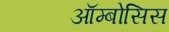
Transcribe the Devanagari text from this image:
ऑम्बोसिस